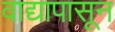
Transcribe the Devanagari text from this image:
वाद्यापासून